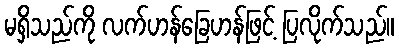
မရှိသည်ကို လက်ဟန်ခြေဟန်ဖြင့် ပြလိုက်သည်။